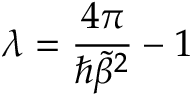
\lambda = \frac { 4 \pi } { \hbar \tilde { \beta } ^ { 2 } } - 1